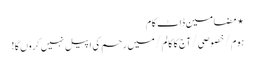
⋆ مضامین ڈاٹ کام
ہوم/خصوصی/آج کا کالم/میں رحم کی اپیل نہیں کروں گا!